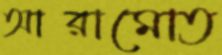
আরামোত